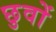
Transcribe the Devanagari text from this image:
छुवों